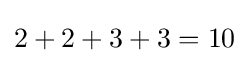
2+2+3+3=10